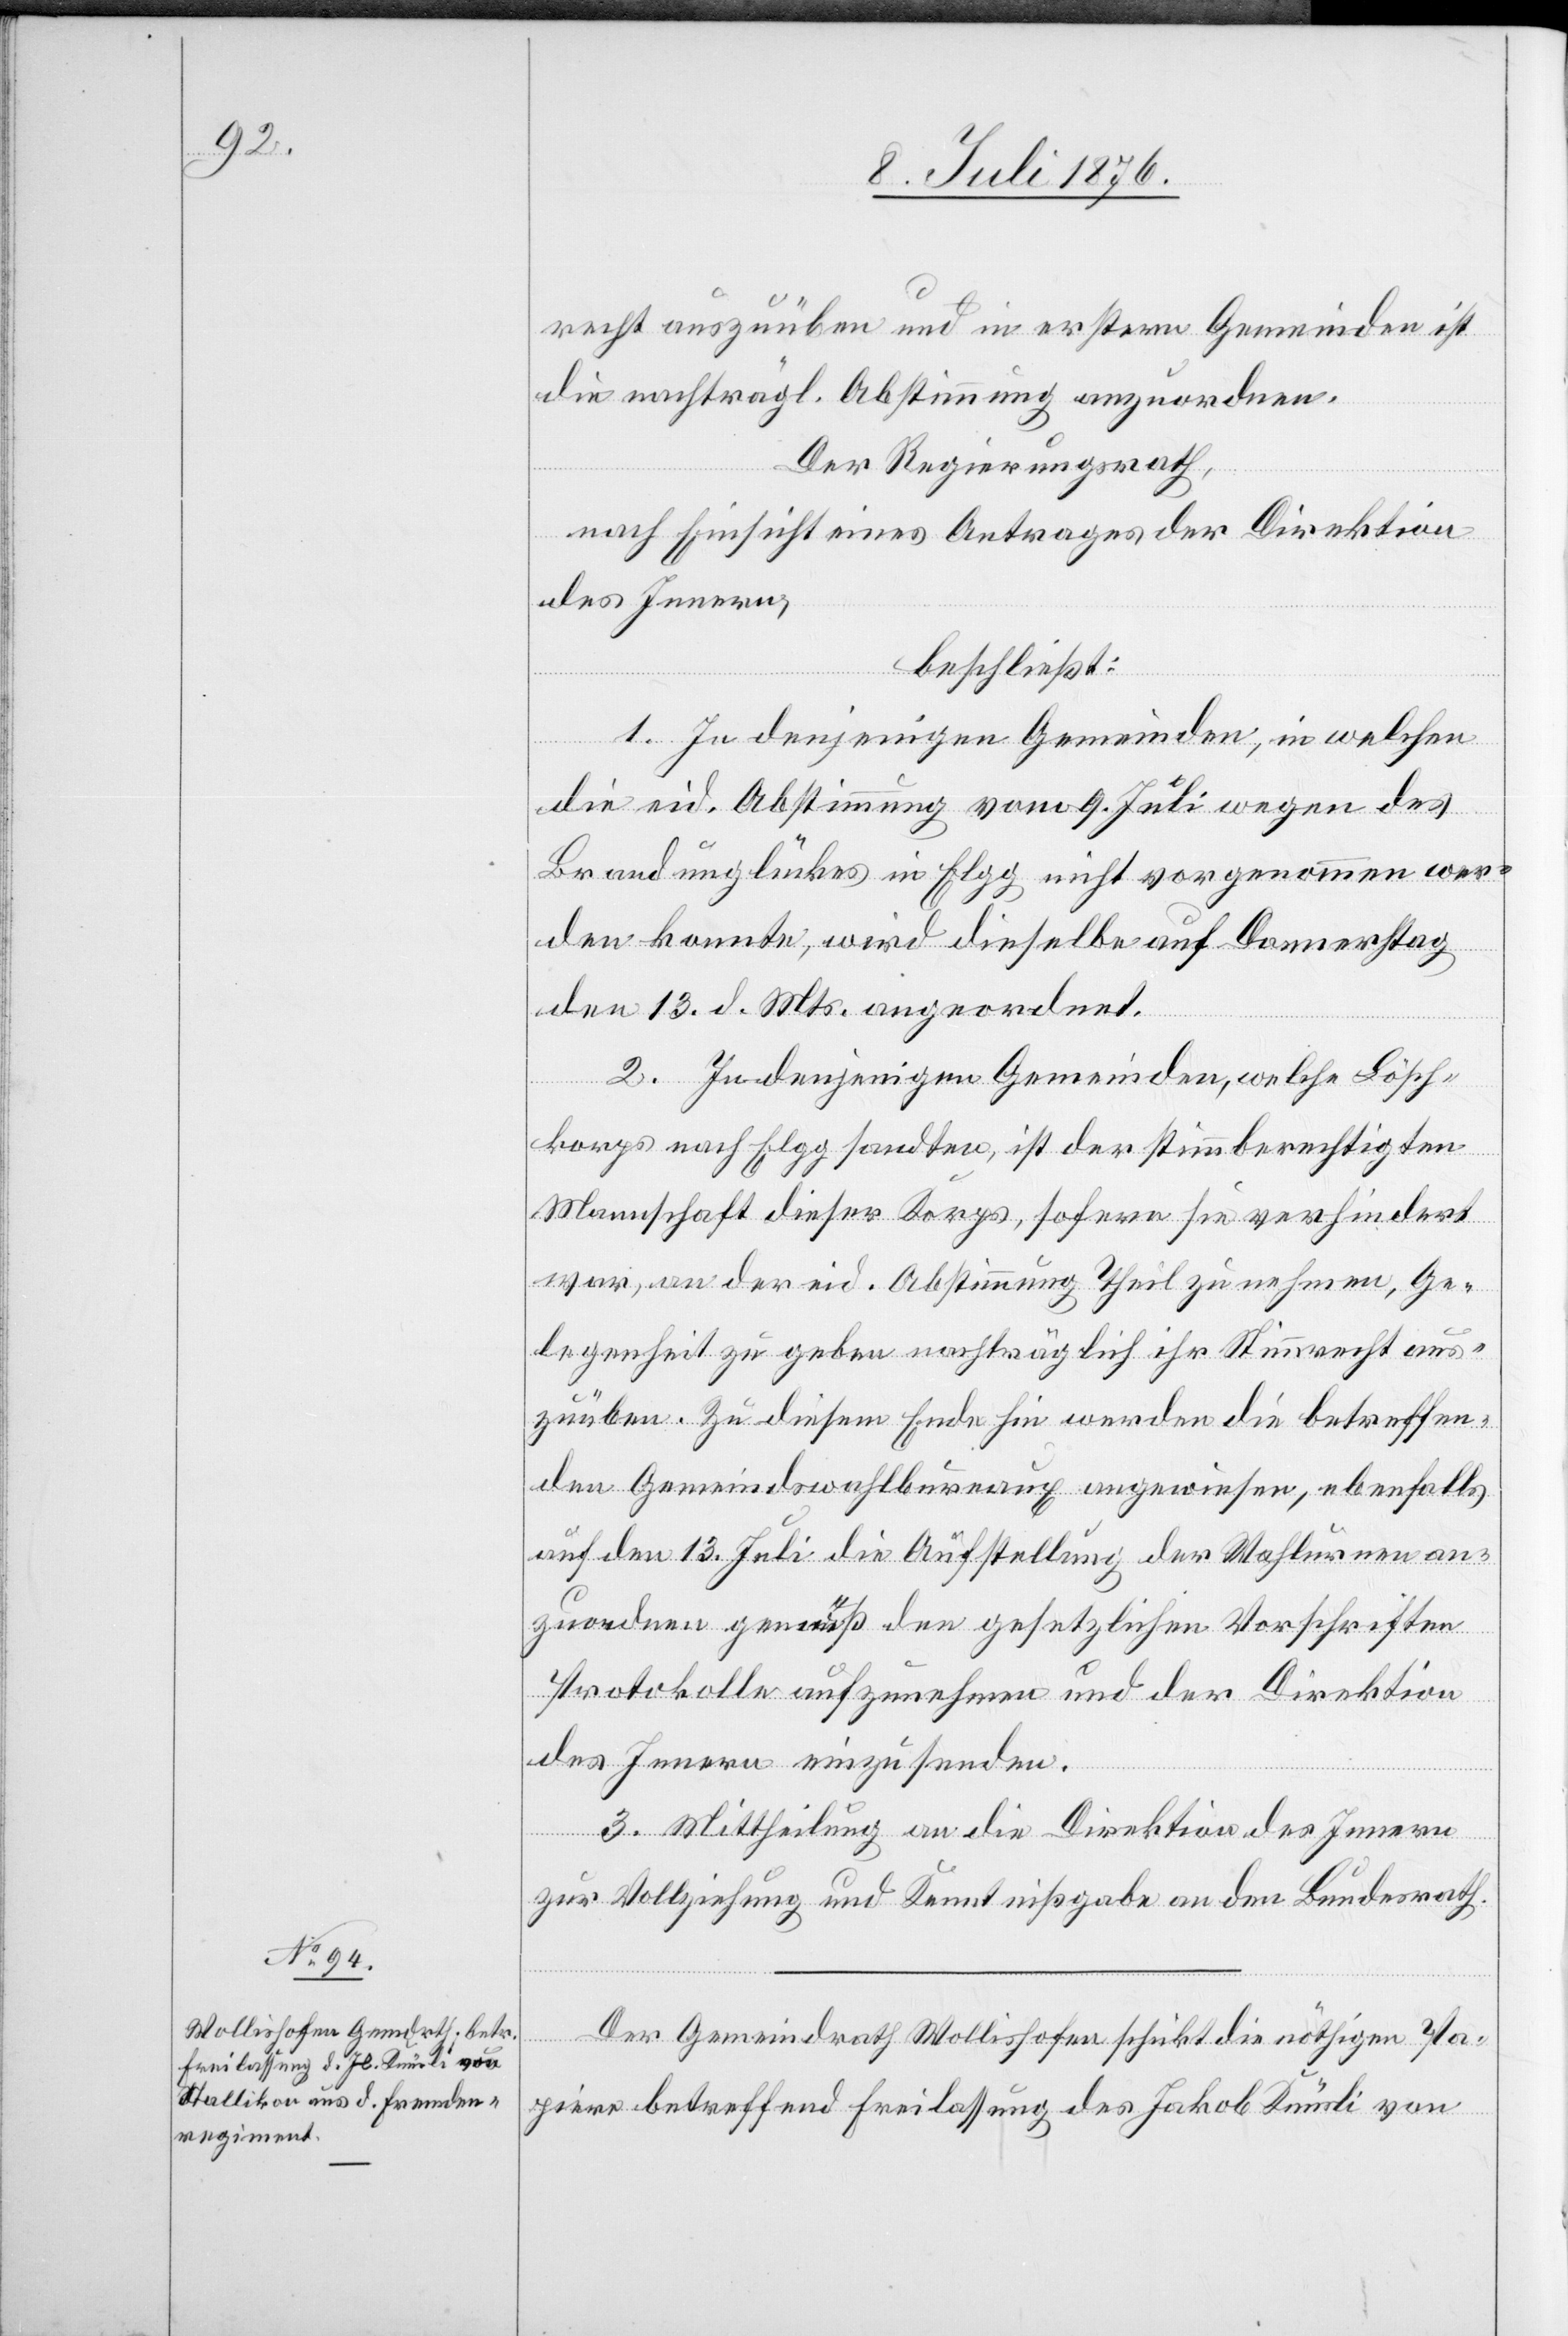
10. Juli 1876.]
recht auszuüben und in erstern Gemeinden ist
die nachträgl. Abstimmung anzuordnen.
Der Regierungsrath,
nach Einsicht eines Antrages der Direktion
des Innern,
beschließt:
1. In denjenigen Gemeinden, in welchen
die eid. Abstimmung vom 9. Juli wegen des
Brandunglückes in Elgg nicht vorgenommen wer¬
den konnte, wird dieselbe auf Donnerstag
den 13. d. Mts. angeordnet.
2. In denjenigen Gemeinden, welche Lösch¬
korps nach Elgg sandten, ist der stimmberechtigten
Mannschaft dieser Korps, sofern sie verhindert
war, an der eid. Absti9mmung Theil zu nehmen, Ge¬
legenheit zu geben nachträglich ihr Stimmrecht aus¬
zuüben. Zu diesem Ende hin werden die betreffen¬
den Gemeindswahlbureaux angewiesen, ebenfalls
auf den 13. Juli die Aufstellung der Wahlurnen an¬
zuordnen gemäß den gesetzlichen Vorschriften
Protokolle aufzunehmen und der Direktion
des Innern einzusenden.
3. Mittheilung an die Direktion des Innern
zur Vollziehung und Kenntnißgabe an den Bundesrath.
Der Gemeindrath Wollishofen schickt die nöthigen Pa¬
piere betreffend Freilassung des Jakob Knüsli von